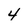
Character: 4